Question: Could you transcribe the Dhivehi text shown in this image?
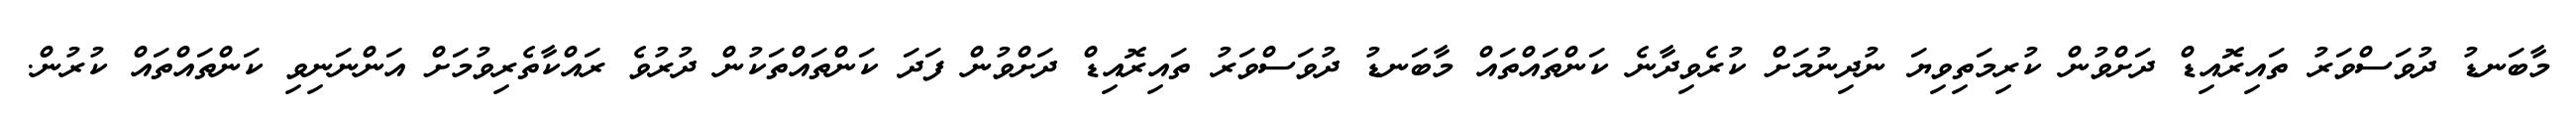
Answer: މާބަނޑު ދުވަސްވަރު ތައިރޮއިޑް ދަށްވުން ކުރިމަތިވިޔަ ނުދިނުމަށް ކުރެވިދާނެ ކަންތައްތައް މާބަނޑު ދުވަސްވަރު ތައިރޮއިޑް ދަށްވުން ފަދަ ކަންތައްތަކުން ދުރުވެ ރައްކާތެރިވުމަށް އަންނަނިވި ކަންތައްތައް ކުރުން.